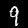
Label: 9